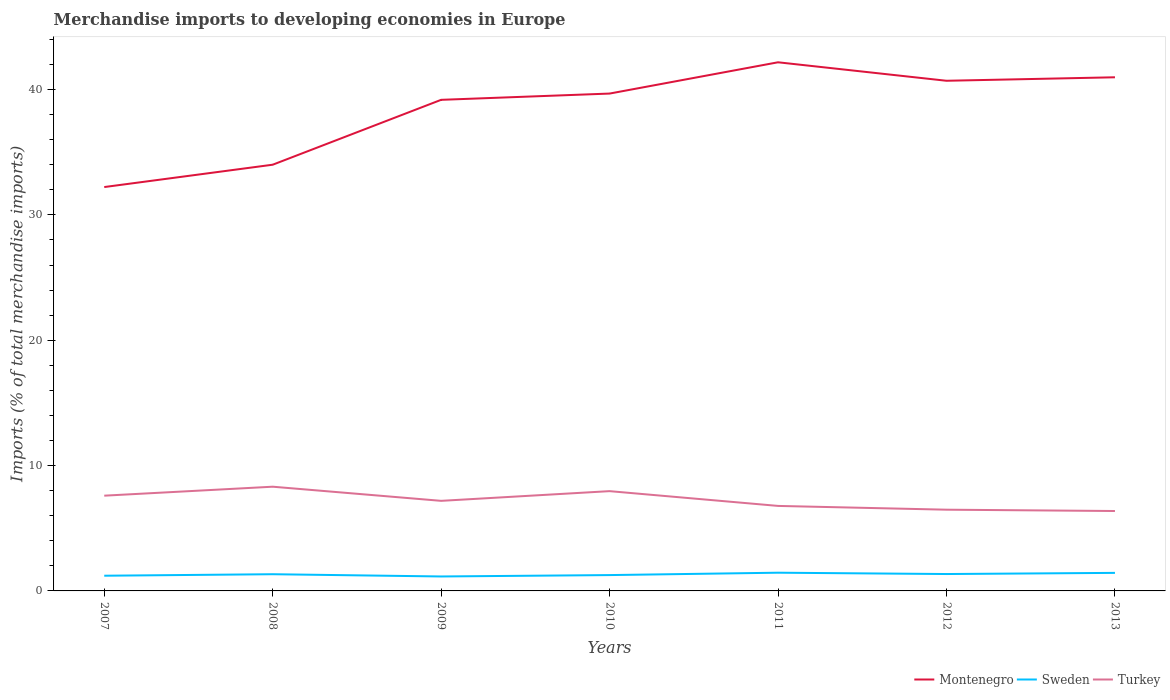
| Years | Montenegro | Sweden | Turkey |
 | --- | --- | --- | --- |
 | 2007 | 32.2 | 1.21 | 7.6 |
 | 2008 | 34 | 1.33 | 8.31 |
 | 2009 | 39.2 | 1.15 | 7.19 |
 | 2010 | 39.7 | 1.26 | 7.96 |
 | 2011 | 42.2 | 1.45 | 6.78 |
 | 2012 | 40.7 | 1.35 | 6.48 |
 | 2013 | 41 | 1.44 | 6.37 |